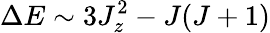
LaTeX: \Delta E\sim 3J_{z}^{2}-J(J+1)